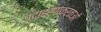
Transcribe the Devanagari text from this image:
उदाहरणकर्ताओं